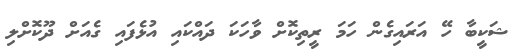
ޝަކީބާ ހޭ އަރައިގެން ހަމަ ރީތިކޮށް ވާހަކަ ދައްކައި އުޅެފައި ގެއަށް ދޫކޮށްލި